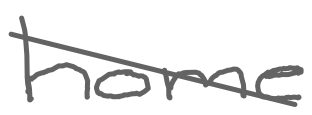
Text: home
Cross-out: diagonal
Writing tool: digital_gray